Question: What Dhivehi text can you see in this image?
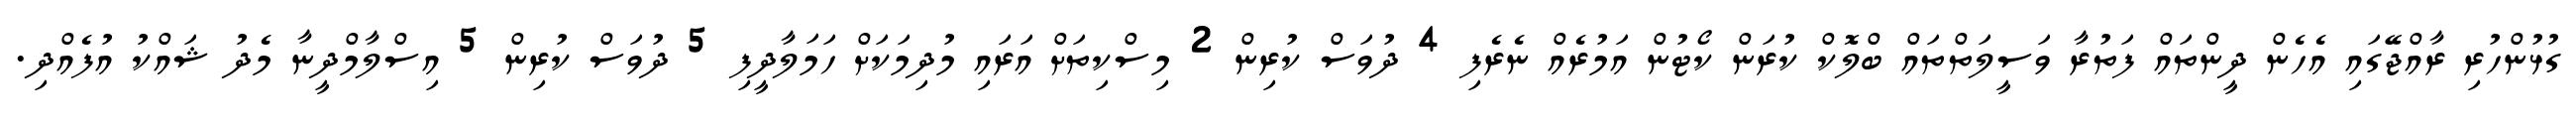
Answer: ގުޅުންހުރި ރާއްޖޭގައި އެހެން ދީންތައް ފަތުރާ ވަސީލަތްތައް ބްލޮކް ކުރަން ކޯޓުން އަމުރެއް ނެރެފި 4 ދުވަސް ކުރިން 2 މިސްކިތަށް އަރައި މުދިމަކަށް ހަމަލާދީފި 5 ދުވަސް ކުރިން 5 އިސްލާމްދީނާ މެދު ޝައްކު އުފެއްދި.